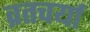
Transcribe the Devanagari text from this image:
व्रतचर्या